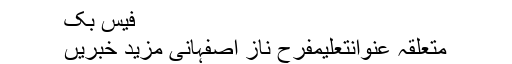
فیس بک
متعلقہ عنوانتعلیمفرح ناز اصفہانی مزید خبریں